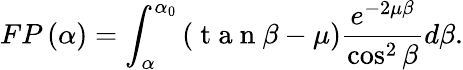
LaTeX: FP\left(\alpha\right)=\int_{\alpha}^{\alpha_{0}}{\left({\mathrm{~t~a~n~}\beta-\mu}\right)\frac{e^{-2\mu\beta}}{\cos^{2}\beta}d\beta}.